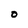
Character: 0